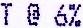
T @ 6%